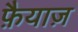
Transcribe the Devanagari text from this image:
फ़ैयाज़